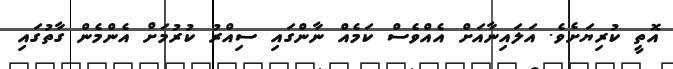
އޮތީ ކުރިޔަށެވެ. އަލައިނާއަށް އެއްވެސް ކަމެއް ނާންގައި ސިއްރު ކުރުމަށް އެންމެން ގާތުގައި